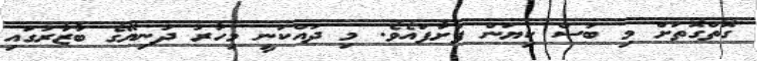
ގޮތްގޮތަށް މި ބަސް ކިޔަން ފަށާފައެވެ. މި ދައްކަނީ މިހާރު ދުނިޔޭގެ ބާޒާރުގައި